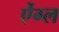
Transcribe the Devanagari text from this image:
ऐंग्ल